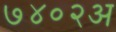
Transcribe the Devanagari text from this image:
७४०२अ